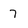
Character: 7